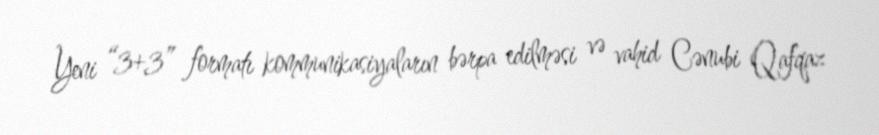
Yeni “3+3” formatı kommunikasiyaların bərpa edilməsi və vahid Cənubi Qafqaz